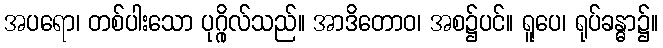
အပရော၊ တစ်ပါးသော ပုဂ္ဂိုလ်သည်။ အာဒိတောဝ၊ အစ၌ပင်။ ရူပေ၊ ရုပ်ခန္ဓာ၌။